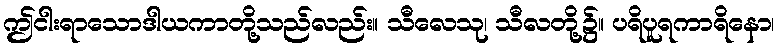
ဤငါးရာသောဒါယကာတို့သည်လည်း။ သီလေသု၊ သီလတို့၌။ ပရိပူရကာရိနော၊